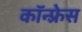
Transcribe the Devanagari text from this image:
कॉन्फ़्रेस